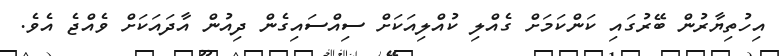
އިހުތިޔާރުން ބޭރުގައި ކަންކަމަށް ގެއްލި ކުއްލިއަކަށް ސިއްސައިގެން ދިއުން އާދައަކަށް ވެއްޖެ އެވެ.